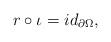
\begin{align*}r\circ\iota= id_{\partial\Omega},\end{align*}